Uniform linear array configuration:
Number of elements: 12
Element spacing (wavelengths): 0.25
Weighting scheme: hamming
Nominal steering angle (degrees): -45
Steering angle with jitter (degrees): -46.25
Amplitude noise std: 0.05
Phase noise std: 0.05

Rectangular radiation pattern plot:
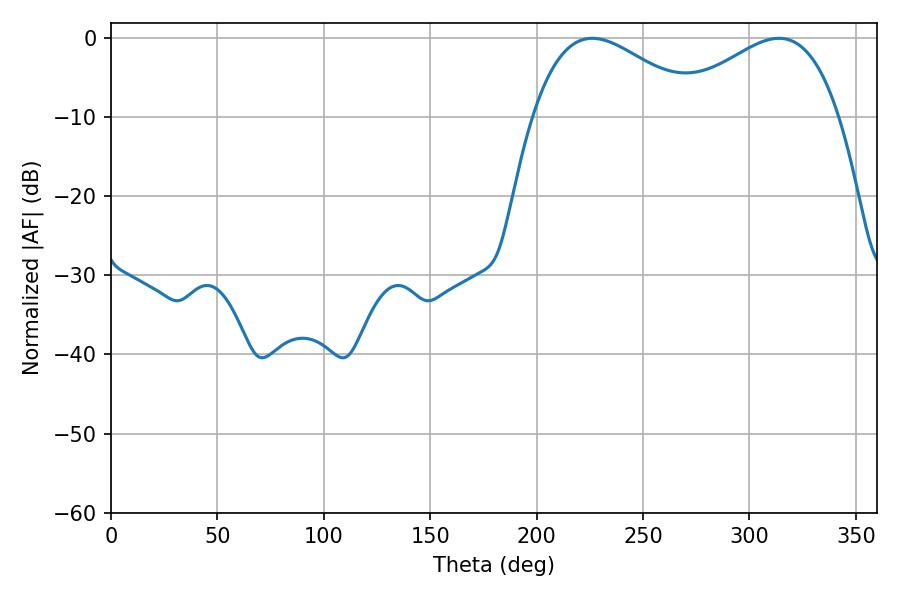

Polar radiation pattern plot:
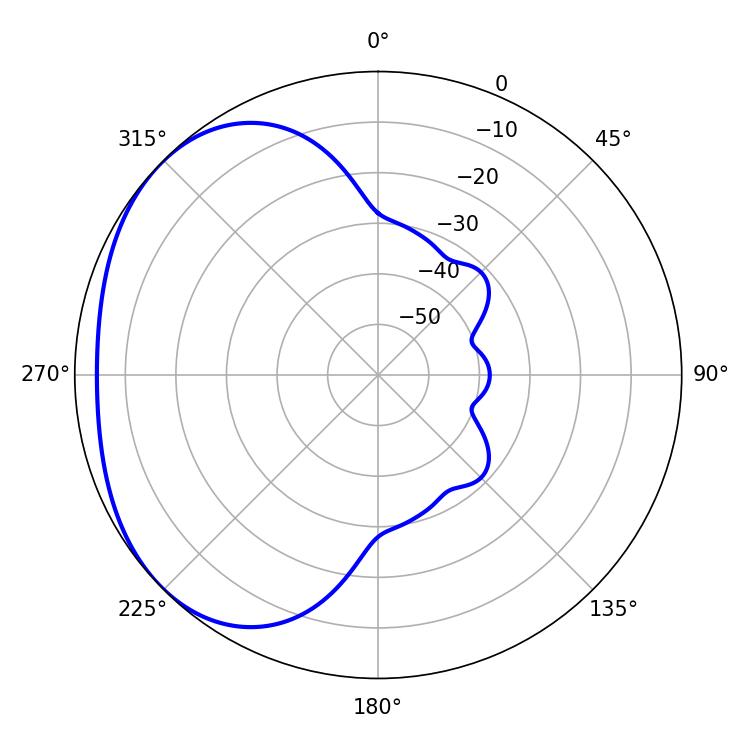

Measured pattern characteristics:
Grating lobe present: FALSE
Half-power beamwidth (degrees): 42.84
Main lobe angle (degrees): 226.08